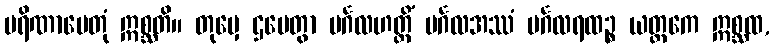
ပရိဏာမေတုံ ဣစ္ဆတိ။ တုမှေ ဌပေတွာ မင်္ဂလဟတ္ထိံ မင်္ဂလအဿံ မင်္ဂလရထဉ္စ ယတ္တကေ ဣစ္ဆထ,